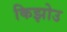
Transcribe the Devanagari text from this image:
किझोउ